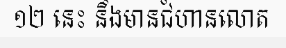
១២ នេះ នឹងមានជំហានលោត